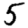
Digit: 5